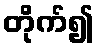
တိုက်၍